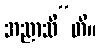
အညာသီ”တိ။